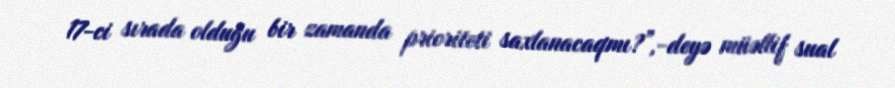
17-ci sırada olduğu bir zamanda prioriteti saxlanacaqmı?”,-deyə müəllif sual